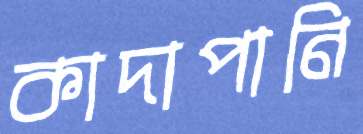
কাদাপানি